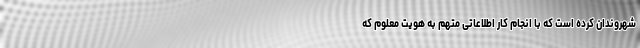
شهروندان کرده است که با انجام کار اطلاعاتی متهم به هویت معلوم که